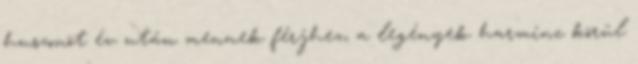
huszonöt év után mennek férjhez, a legények harminc körül